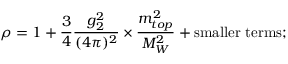
\rho = 1 + \frac { 3 } { 4 } \frac { g _ { 2 } ^ { 2 } } { ( 4 \pi ) ^ { 2 } } \times \frac { m _ { t o p } ^ { 2 } } { M _ { W } ^ { 2 } } + \mathrm { s m a l l e r ~ t e r m s ; }